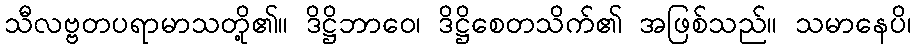
သီလဗ္ဗတပရာမာသတို့၏။ ဒိဋ္ဌိဘာဝေ၊ ဒိဋ္ဌိစေတသိက်၏ အဖြစ်သည်။ သမာနေပိ၊